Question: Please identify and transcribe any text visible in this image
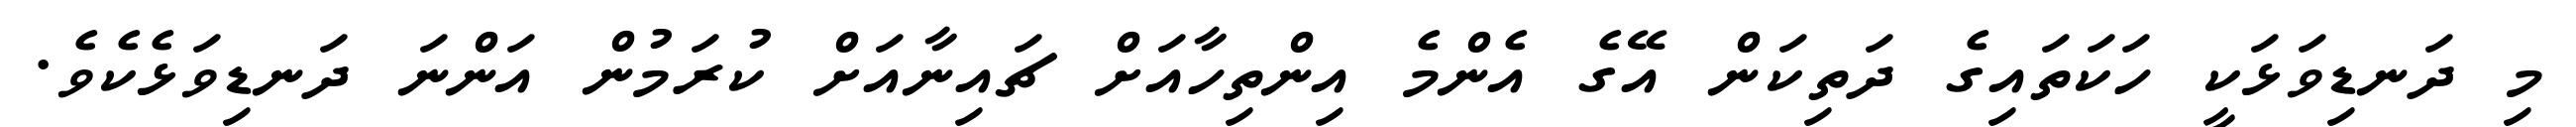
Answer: މި ދަނޑިވަޅަކީ ހަކަތައިގެ ދަތިކަން އޭގެ އެންމެ އިންތިހާއަށް ޗައިނާއަށް ކުރަމުން އަންނަ ދަނޑިވަޅެކެވެ.